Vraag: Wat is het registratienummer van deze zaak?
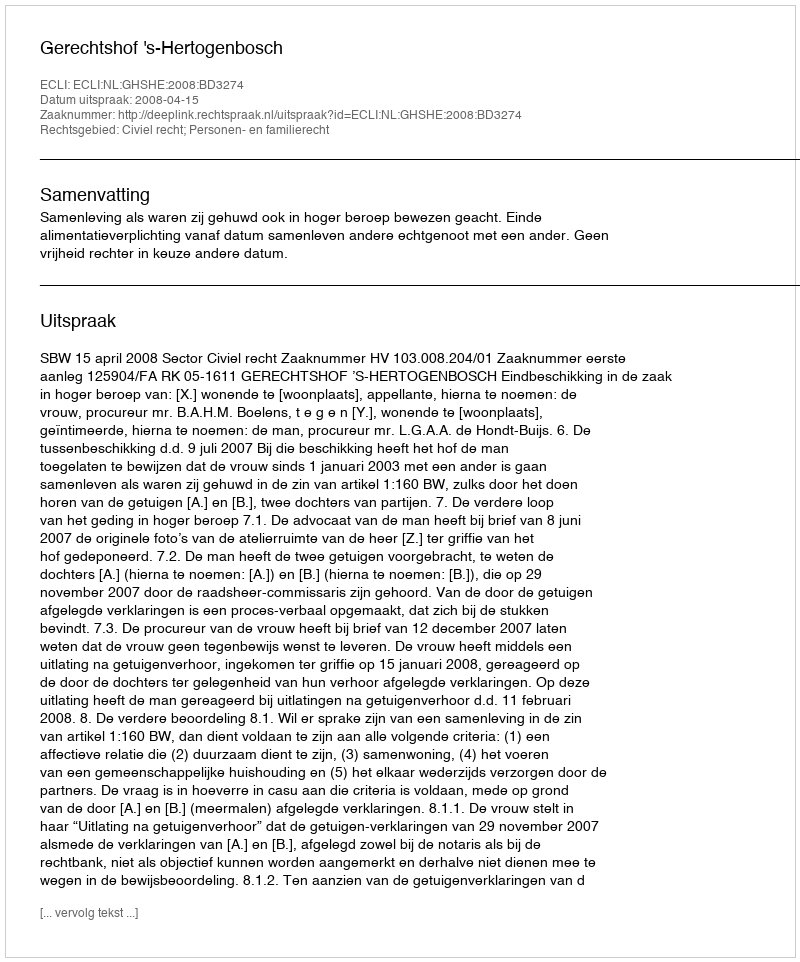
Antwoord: http://deeplink.rechtspraak.nl/uitspraak?id=ECLI:NL:GHSHE:2008:BD3274